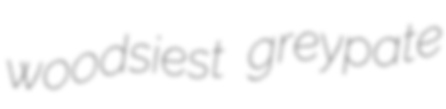
woodsiest greypate